Report on malaria in the Punjab during the year ...  together with an account of the work of the Punjab Malaria Bureau - Volume 4
Disease focus: Malaria
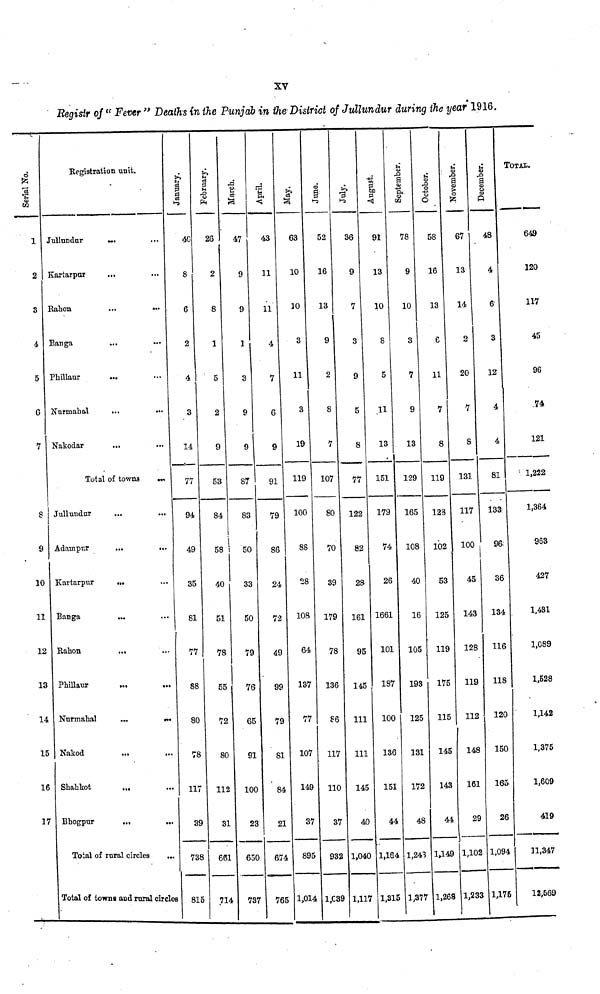
xv
Registr of "Fever" Deaths in the Punjab in the District of Jullundur during the year 1916.
Serial No.
1
2
3
4
5
6
7
8
9
10
11
12
13
14
15
16
r
Registration unit.
Jullundar
...
Kartarpur
...
Rahon
...
...
Banga
Phillaur
Nurmahal
...
...
Nakodar
Total of towns ...
Jullundur
...
...
Adampur
...
...
Kartarpur
...
Banga
...
Rahon
Phillaur
Nurmahal
...
...
Nakod
...
Shahkot
...
Bhogpur
...
..
Total of rural circles
Total of towns and rural circles
January.
40
8
6
2
4
3
14
77
94
49
35
81
77
88
80
78
117
3
73
81
February.
26
2
8
1
5
2
9
53
84
58
40
51
78
55
72
8C
11'
31
8 66
5
71
March.
47
9
9
1
3
9
9
87
83
i 50
33
50
79
76
65
91
100
1
2
1
65
737
43
11
11
4
7
6
9
91
79
86
24
72
49
99
79
81
84
21
0
674
7 76
53
10
10
3
11
3
19
119
100
88
28
108
64
13
7
101
149
3
89
1,01
June.
52
16
13
9
2
8
7
107
80
70
39
179
78
136
86
117
110
7
3'
5 93
1,039
July.
36
9
7
3
9
5
8
77
122
82
28
161
95
145
111
111
) 145
7
40
2 1,040
9 1,117
3
91
13
10
8
5
.11
13
151
179
74
26
1661
101
187
100
136
151
4
1,164
1,31
September.
N
78
9
10
3
7
9
13
129
165
108
40
16
105
193
12
131
L 17
48
1,243
5 1,3
Oct ober .
58
16
13
6
U
7
8
119
128
102
5
12
11
17
5
11
1
1
2
1
8
3 1,1
77 1,2
ovember.
67
13
1'
20
131
117
100
3
5
9
5
5
45
43
44
1,102
68
TOTAL.
48
649
4
120
6
117
2
3
45
0
12
96
4
74
8
4
121
31
81
1.222
17
133
1,364
00
96 963
45
36
427
143
134
1,431
128
116
1,089
119
118
1.528
112
120
1,142
148
150
1,375
161
165
1,609
29
26
419
1,102 1,094
11,347
1,233 1,175
12,569